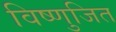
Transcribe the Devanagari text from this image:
विष्णुजित